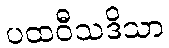
ပထဝီသဒိသာ